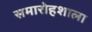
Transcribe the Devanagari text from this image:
समारोहशाला